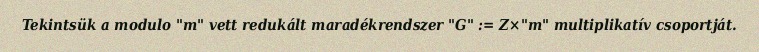
Tekintsük a modulo "m" vett redukált maradékrendszer "G" := Z×"m" multiplikatív csoportját.